King Institute of Preventive Medicine Bacteriolog. Section reports 1907-08
Year: 1907
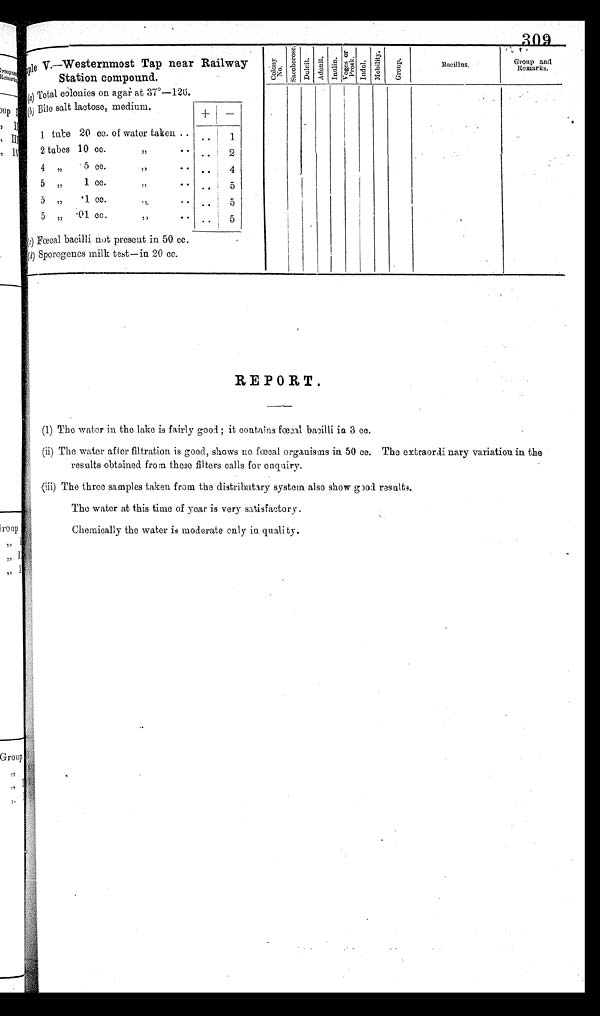
309
ple V.—Westernmost Tap near Railway
Station compound.
(a ) Total colonies on agar at 37º —126.
(b ) Bite salt lactose, medium.
+
-
1 tube 20 cc. of water taken .. ..
1
•
2 tubes 10 Cc.
, , ..
..
2
4 ,,
5 CC.
,,
..
..
4
5 , , 1 CC.
,, ..
.. 5
5 „
.1 cc.
,,
..
. 5
5
,,
. 01 cc.
, ,
.. 5
( c ) Fœcal bacilli not present in 50 cc.
( d) Sporogenes milk test — in 20 cc.
Col ony No.
S a c c h e r o s e .
D u l c i t e .
Adoni t . I n u l i n .
V o g e s a n d p r o s k .
I n d o l .
M o b i l i t y .
G r o u p .
Bacillus.
Group and
Remarks.
REPORT.
(1) The water in the lake is fairly good ; it contains fœcal bacilli is 3 cc.
(ii) The water after filtration is good, shows no fœcal organisms in 50 cc. The extraordinary variation in the
results obtained from these filters calls for enquiry.
(iii) The three samples taken from the distributary system also show good results.
The water at this time of year is very satisfactory.
Chemically the water is moderate only in quality.